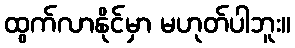
ထွက်လာနိုင်မှာ မဟုတ်ပါဘူး။